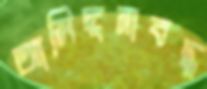
আলিঙ্গনাবদ্ধ